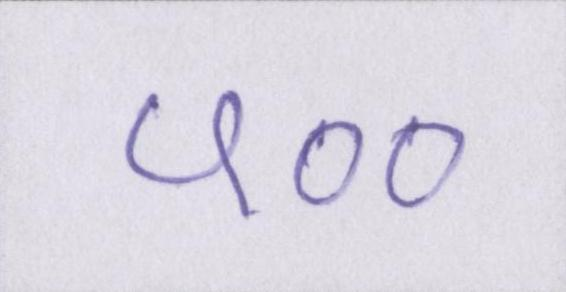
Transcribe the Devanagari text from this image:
५००